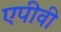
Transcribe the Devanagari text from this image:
एपीवी